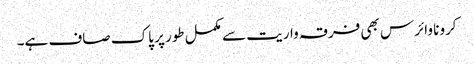
کرونا وائرس بھی فرقہ واریت سے مکمل طور پر پاک صاف ہے۔